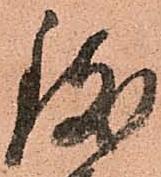
致